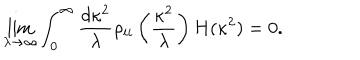
LaTeX: \lim _ { \lambda \rightarrow \infty } \int _ { 0 } ^ { \infty } \frac { d \kappa ^ { 2 } } { \lambda } \rho _ { i i } \left( \frac { \kappa ^ { 2 } } { \lambda } \right) H ( \kappa ^ { 2 } ) = 0 .